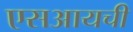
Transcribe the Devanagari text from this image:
एसआयची